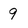
Character: 9